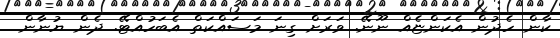
ކާން ހެދުން އެކަންޏެއް ނޫނޭ. ވަރަށް ގިނަ މަސައްކަތް އެބަހުއްޓޭ. ދެން ޔުނާން